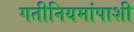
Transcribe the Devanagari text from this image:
गतीनियमांपाशी